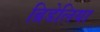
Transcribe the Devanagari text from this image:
ब्रिडेलिया